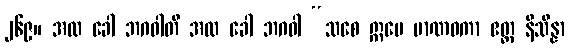
၂၆၉။ အထ ခေါ ဘဂဝါတိ အထ ခေါ ဘဂဝါ “သစေ ဣမေ မာဏဝကာ ဧတ္ထ နိသိန္နာ